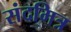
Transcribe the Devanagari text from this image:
संदमित्र